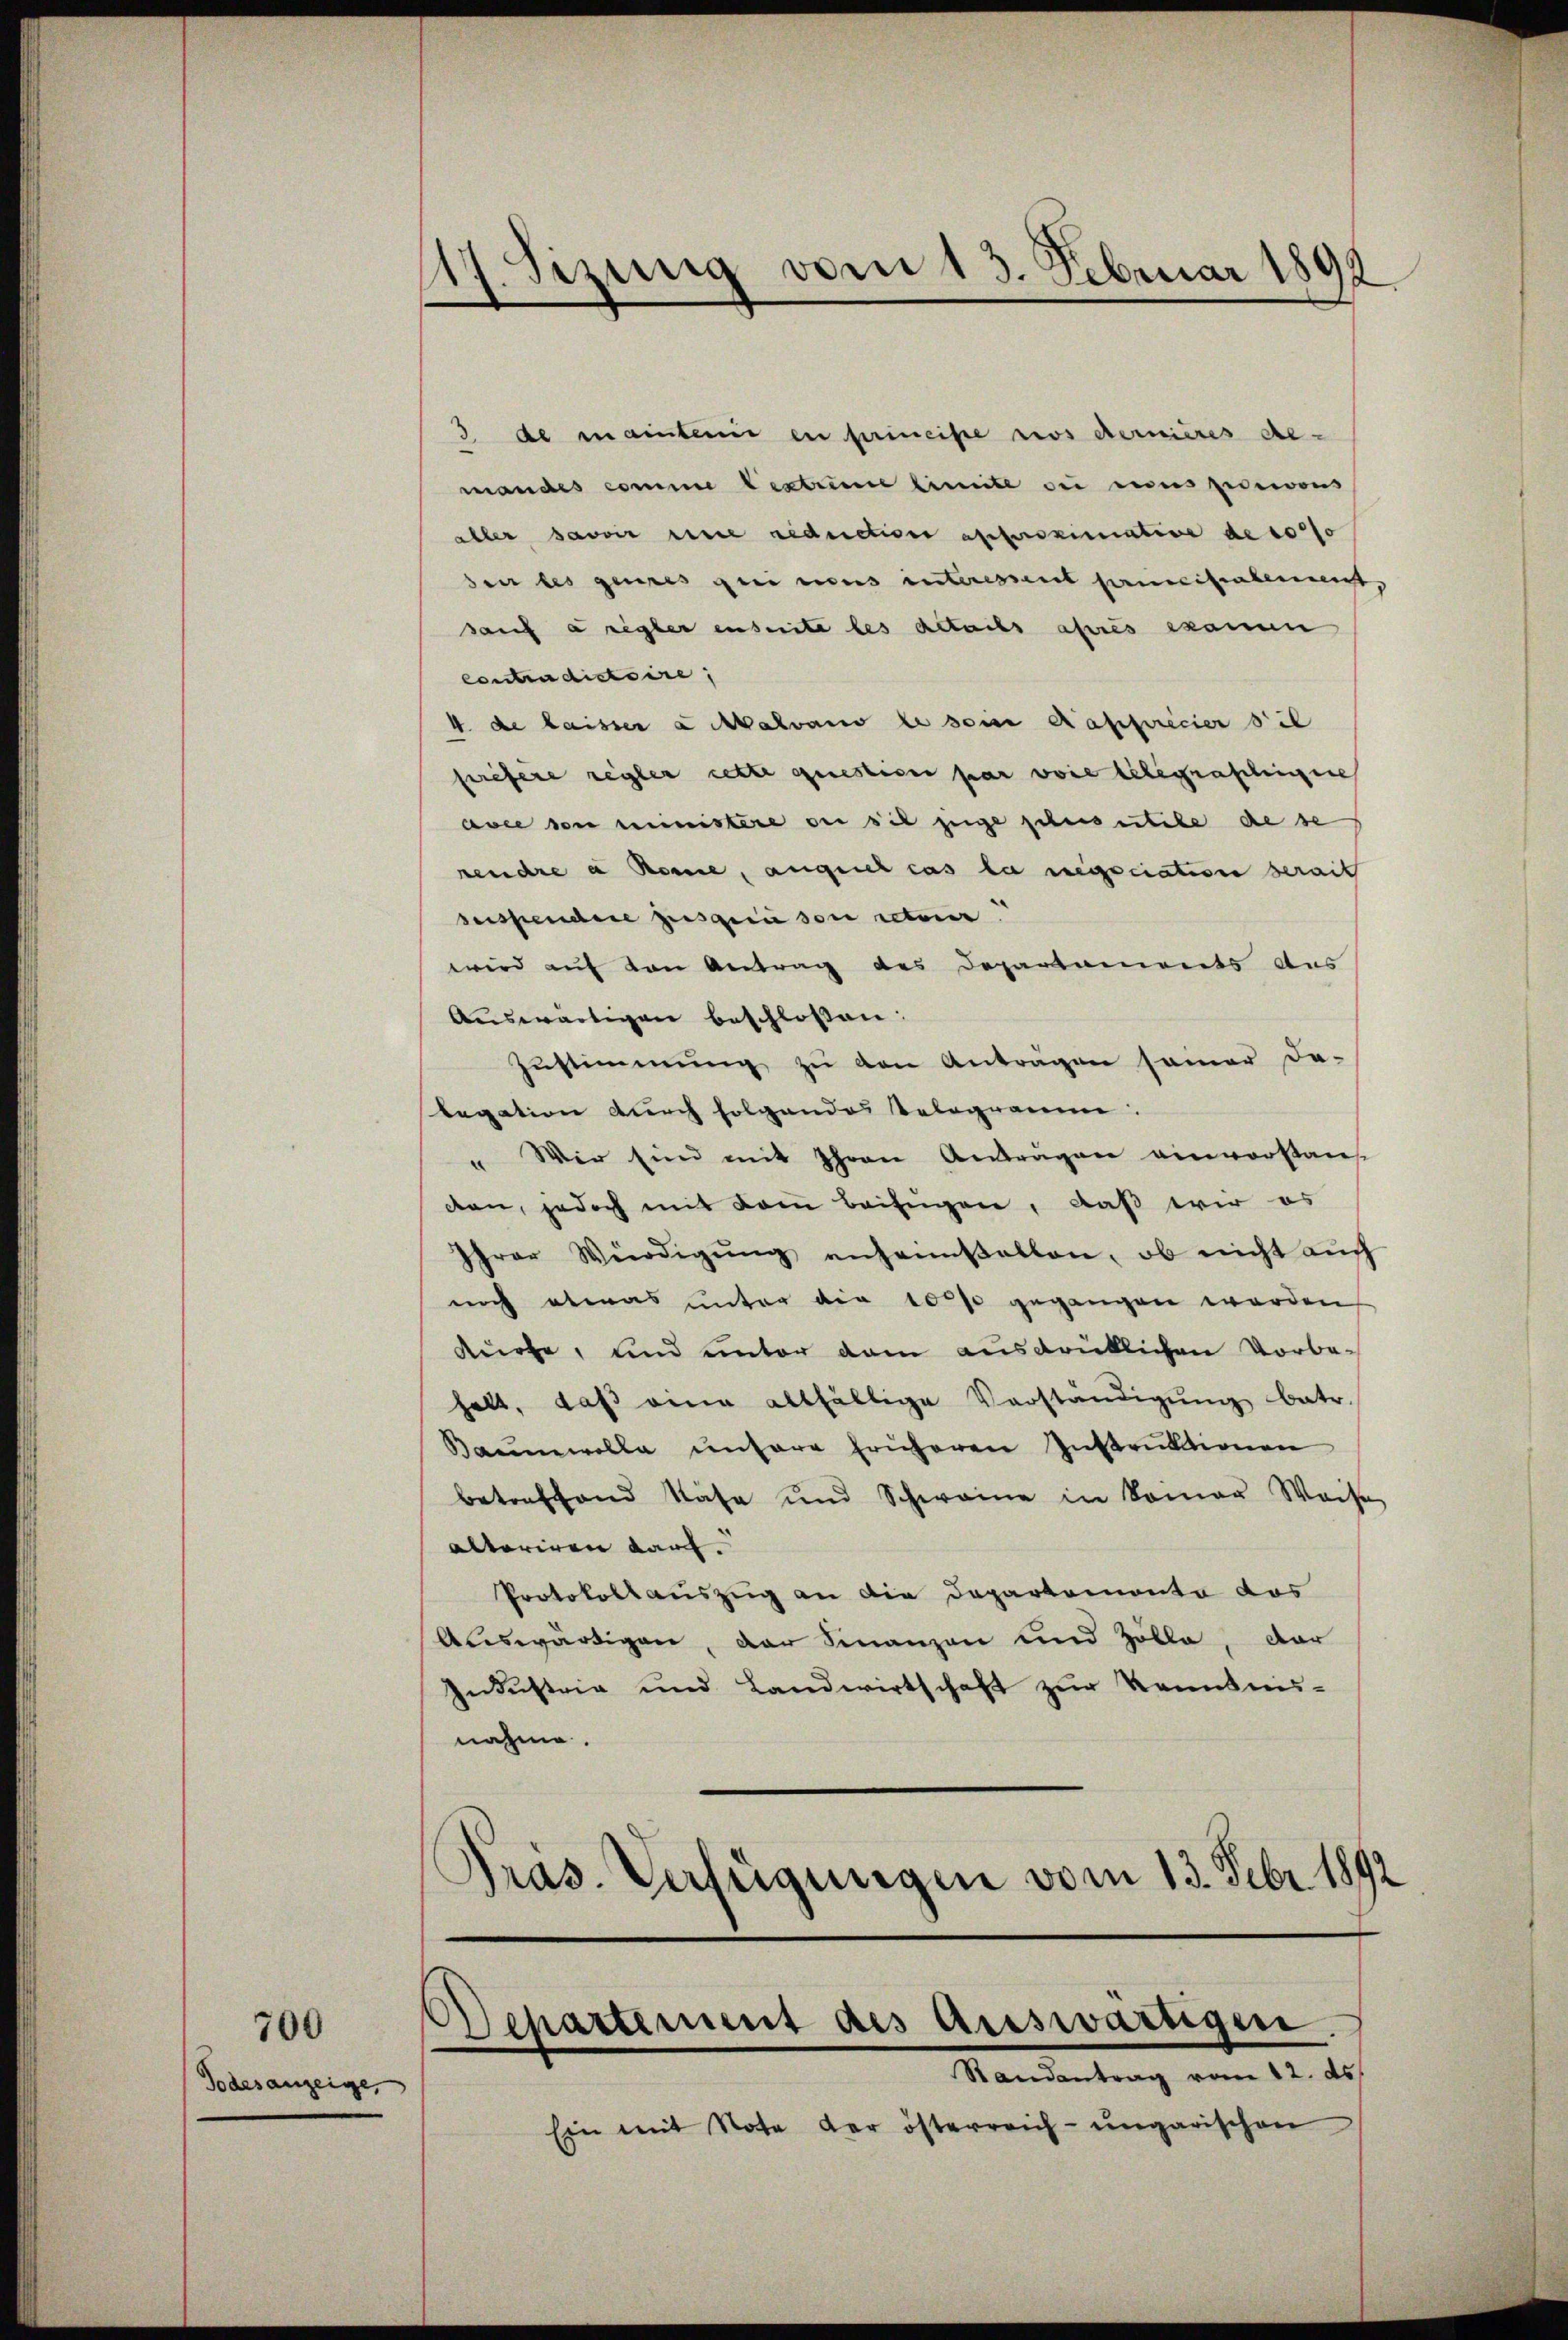
Todesanzeige,

700

17. Sizung vom 13. Februar 1899

3 de mainteri en principe rios dernières de-
mandes comme bestrenne limite bei eines puerous
aller savoir eine reduction approximative de so so
dei les genes genens interessent pencilialenant,
sauf a regler inseite les actats après examen
contradictoire,
4 de laisser a Malvano le son apprécier bil
srefere regler cette gerestice par voie legalingen
avee von ministere der sie zeige schnis utile de se
rendre a Renne, augeich cas le negociation serait
suspendie zusgerie son retaer
wird auf von Antrag des Departaments Aus
Auswärtigen beschlossen:
Zŭstimmung zŭ den Antragen samer da-
legation durch folgendes Telegramm.
" Wir sind mit Ihren Anträgen einvorstaus
den, jedoch mit dem beifügen, daß wir es
Ihrer Würdigŭng anheimfallen, ob nicht auch
nicht etwas unter die 10000 gegangen werden
kürte, und unter dem ausdrüklichen Vorbehalt, daβ eine allfällige Verständigŭng betr.
Baumwolle unsere früheren Instrŭktionen
betreffend Nase und Schweine in komen Weise
alteriren darf.
Protokollauszug an die Departemonto das
Auswürdigen, der Finanzen und Zölle, dar
Industria und Landwirtschaft zur Kenntnis-
nahme.
Pras. Verfügungen vom 13. Febr. 1892

Departement des auswärtigen
Randantrag vom 12. ds.

Ein mit Note der österreich-ungarischen